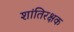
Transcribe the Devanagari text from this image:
शांतिरक्षक